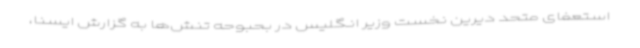
استعفای متحد دیرین نخست وزیر انگلیس در بحبوحه تنش‌ها به گزارش ایسنا،